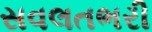
સવલતભરી